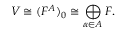
V \cong ( F ^ { A } ) _ { 0 } \cong \bigoplus _ { \alpha \in A } F .